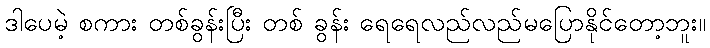
ဒါပေမဲ့ စကား တစ်ခွန်းပြီး တစ် ခွန်း ရေရေလည်လည်မပြောနိုင်တော့ဘူး။